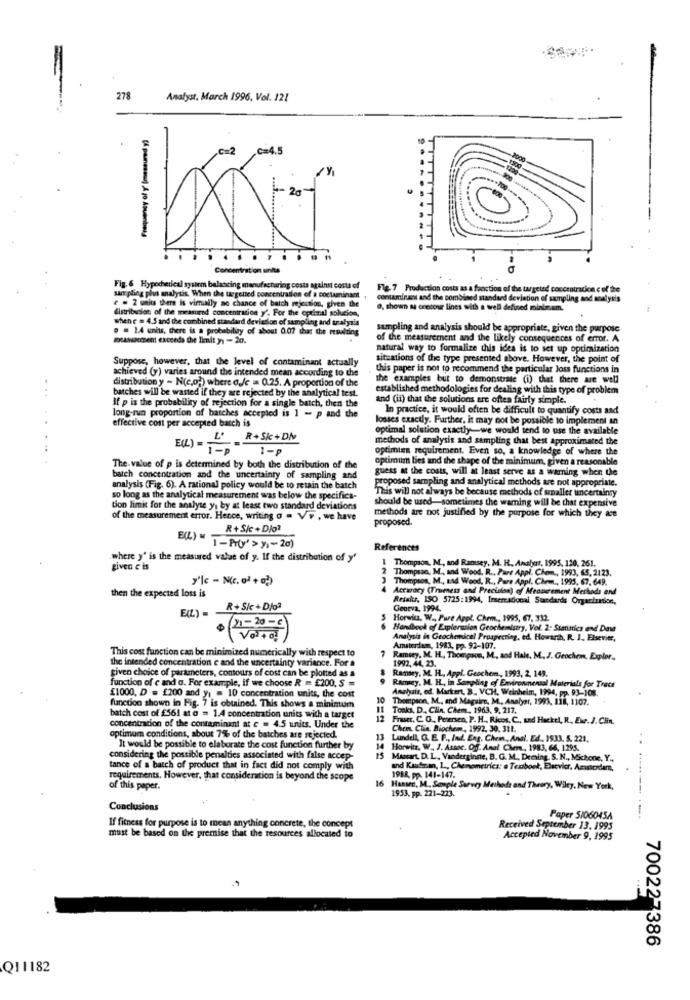
278
Analyst, March 1996, Vol. 121
,C=2
C=4.5
20
.......
.........
Concentration units
Fig. 6 Hypocherical system balancing manufacturing costs against costs o
Flg. 7 Production costs as a function of the targeted cosceatracice c of the
e . 2 units there is virtually no chance of batch rejection, given the
sampling plus analysis. When the targetted concentration of a coctaminant
contaminan and the combined standard deviation of sampling and analysis
distribution of the meamired concentration y'. For the optimal solucion,
O, shown as contour lines with a well defined minimum.
whene = 4.5 and the combined standard deviason of sampling and tralyris
. . 1.4 units, there is a probability of about 0.07 that the resulting
sampling and analysis should be appropriate, given the purpose
DUASskupent exceeds Che limit y1 - 20.
of the measurement and the likely consequences of error. A
natural way to formalize this idea is to set up optimization
Suppose, however, that the level of contaminant actually
situations of the type presented above. However, the point of
achieved (y) varies around the intended mean according to the
this paper is not to recommend the particular loss functions in
distribution y - N(c.o2) where a.Je = 0.25. A proportion of the
the examples but to demonstrate (i) that there are well
batches will be wasted if they are rejected by the analytical test.
established methodologies for dealing with this type of problem
If p is the probability of rejection for a single batch, then the
and (ii) that the solutions are often fairly simple.
In practice, it would often be difficult to quantify costs and
..
effective cost per accepted bacch is
long-run proportion of batches accepted is 1 - p and the
losses exactly. Further, it may not be possible to implement an
optimal solution exactly-we would tend to use the available
E(L)= ' R+Sk+Dh
methods of analysis and sampling that best approximated the
1-p
optimia requirement. Even so, a knowledge of where the
optimum lies and the shape of the minimum, given a reasonable
The value of p is determined by both the distribution of the
guess at the costs, will at least serve as a warning when the
batch concentration and the uncertainty of sampling and
proposed sampling and analytical methods are not appropriate.
analysis (Fig. 6). A rational policy would be to retain the batch
This will not always be because methods of smaller uncertainty
so long as the analytical measurement was below the specifica-
should be used-sometimes the waming will be that expensive
tion limit for the analyse y, by at least two standard deviations
methods are not justified by the purpose for which they are
of the measurement error. Hence, writing o . V P , we have
proposed.
R+ S/c + Dlo
E(L) "
1-Prty'> yı-20)
References
where y' is the measured value of y. If the distribution of y'
1 Thompson, M ., and Ramsey, M. H ., Analurt, 1995. 120, 261.
given c is
2
3 Thompson, M ., and Wood, R ., Pare Appl. Chem ., 1995, 67, 649.
Thompsso, M ., and Wood. R ., Pure Appl. Chem ., 1993, 65, 2123,
then the expected loss is
Accuracy (Truimess and Precision) of Meancement Methods and
Retalus, ISO 5725:1994, Inserrational Standards Organization,
E(L) -
R+ Sie + Dloª
Geneva, 1994.
5 Horwica. W .. Pure Appl. Chem ., 1995, 67, 332.
· (21-20-c)
6 Handbook of Explorusion Geochemistry, Vol. 2: Starinics and Dave
( Volto!)
Analysis in Geochemical Prospecting, ed. Howarth, R. I ., Elsevier,
This cost function can be minimized numerically with respect to
Amsterdam, 1983, pp. 92-107.
the intended concentration e and the uncertainty variance. For a
7 Ramsey, M. H. Thompson, M ., and Hale, M.J. Geochem, Explor.
given choice of parameters, contours of cost can be plotted as a
Ramsey, M. H ., Appl. Geochem, 1993, 2, 149.
1992, 44, 23.
function of c and a. For example, if we choose R = £200, S =
Ramsey, M. H ., in Sanyoling of Environmental Materials for Trece
£1000, D = £200 and yi = 10 concentration units, the cost
Analysis, ed. Markert, B_ VCH, Weinheim, 1994, pp. 93-108.
function shown in Fig. 7 is obtained. This shows a minimum
10
Thompson, M ., and Maquim, M ., Analyar, 1993, 118, 1107.
Toaks, D ., Clin. Chem, 1963, 9, 217.
batch cost of £561 at o = 1.4 concentration units with a target
12 Frauer, C. O ., Petersen, P. H ., Ricos, C ., and Huckel, R. Ewr. J. Clin.
concentration of the contaminant at c = 4.5 units. Under the
Chen. Clie. Biochem, 1992, 30. 311.
optimum conditions, about 7% of the batches are rejected.
13
Lundell, G. E. F ., Ind. Eng. Chem, Anal. Ed ., 1933, 5. 221.
It would be possible to elaborate the cost function further by
Horwitz, W. J. Assoc. Of. Anal Chem, 1983, 66, 1295.
considering the possible penalties associated with false accep-
MAmart, D. L, Vanderginne, B. G. M ., Deming. S. N ., Michone, Y .,
tance of a batch of product that in fact did not comply with
and Kuufran, L ., Chemometrics: a Textbook, Elsevier, Amsterdam,
requirements. However, that consideration is beyond the scope
1988, pp. 141-147.
of this paper.
16 Hanwed, M. Sample Survey Methods and Theory, Wiley, New York,
1953, pp. 221-223.
Conclusions
Paper 5/06045A
If fitness for purpose is to mean anything concrete, the concept
Received September 13, 1995
must be based on the premise that the resources allocated to
Accepted November 9, 1995
700227386
Q11182